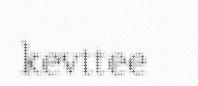
kevttee